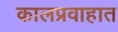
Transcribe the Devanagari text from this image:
कालप्रवाहात